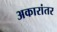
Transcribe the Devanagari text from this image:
अकारांतर